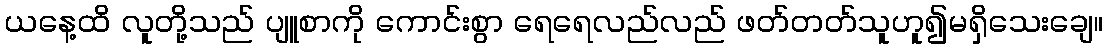
ယနေ့ထိ လူတို့သည် ပျူစာကို ကောင်းစွာ ရေရေလည်လည် ဖတ်တတ်သူဟူ၍မရှိသေးချေ။